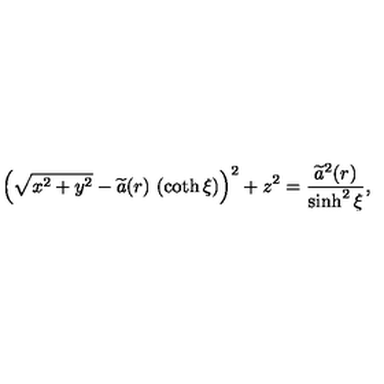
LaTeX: \left( \sqrt { x ^ { 2 } + y ^ { 2 } } - \widetilde { a } ( r ) \ ( \coth \xi ) \right) ^ { 2 } + z ^ { 2 } = \frac { \widetilde { a } ^ { 2 } ( r ) } { \sinh ^ { 2 } \xi } ,